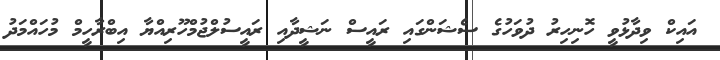
އައިކް ވިދާޅުވީ ހޮނިހިރު ދުވަހުގެ ސެޝަންގައި ރައީސް ނަޝީދާއި ރައީސުލްޖުމްހޫރިއްޔާ އިބްރާހީމް މުހައްމަދު